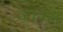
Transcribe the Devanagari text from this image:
जास्‍त्‍ा